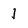
Character: 1